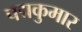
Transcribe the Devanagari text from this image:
पद्मकुमार